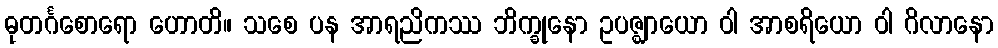
ဓုတင်္ဂစောရော ဟောတိ။ သစေ ပန အာရညိကဿ ဘိက္ခုနော ဥပဇ္ဈာယော ဝါ အာစရိယော ဝါ ဂိလာနော